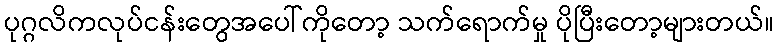
ပုဂ္ဂလိကလုပ်ငန်းတွေအပေါ်ကိုတော့ သက်ရောက်မှု ပိုပြီးတော့များတယ်။